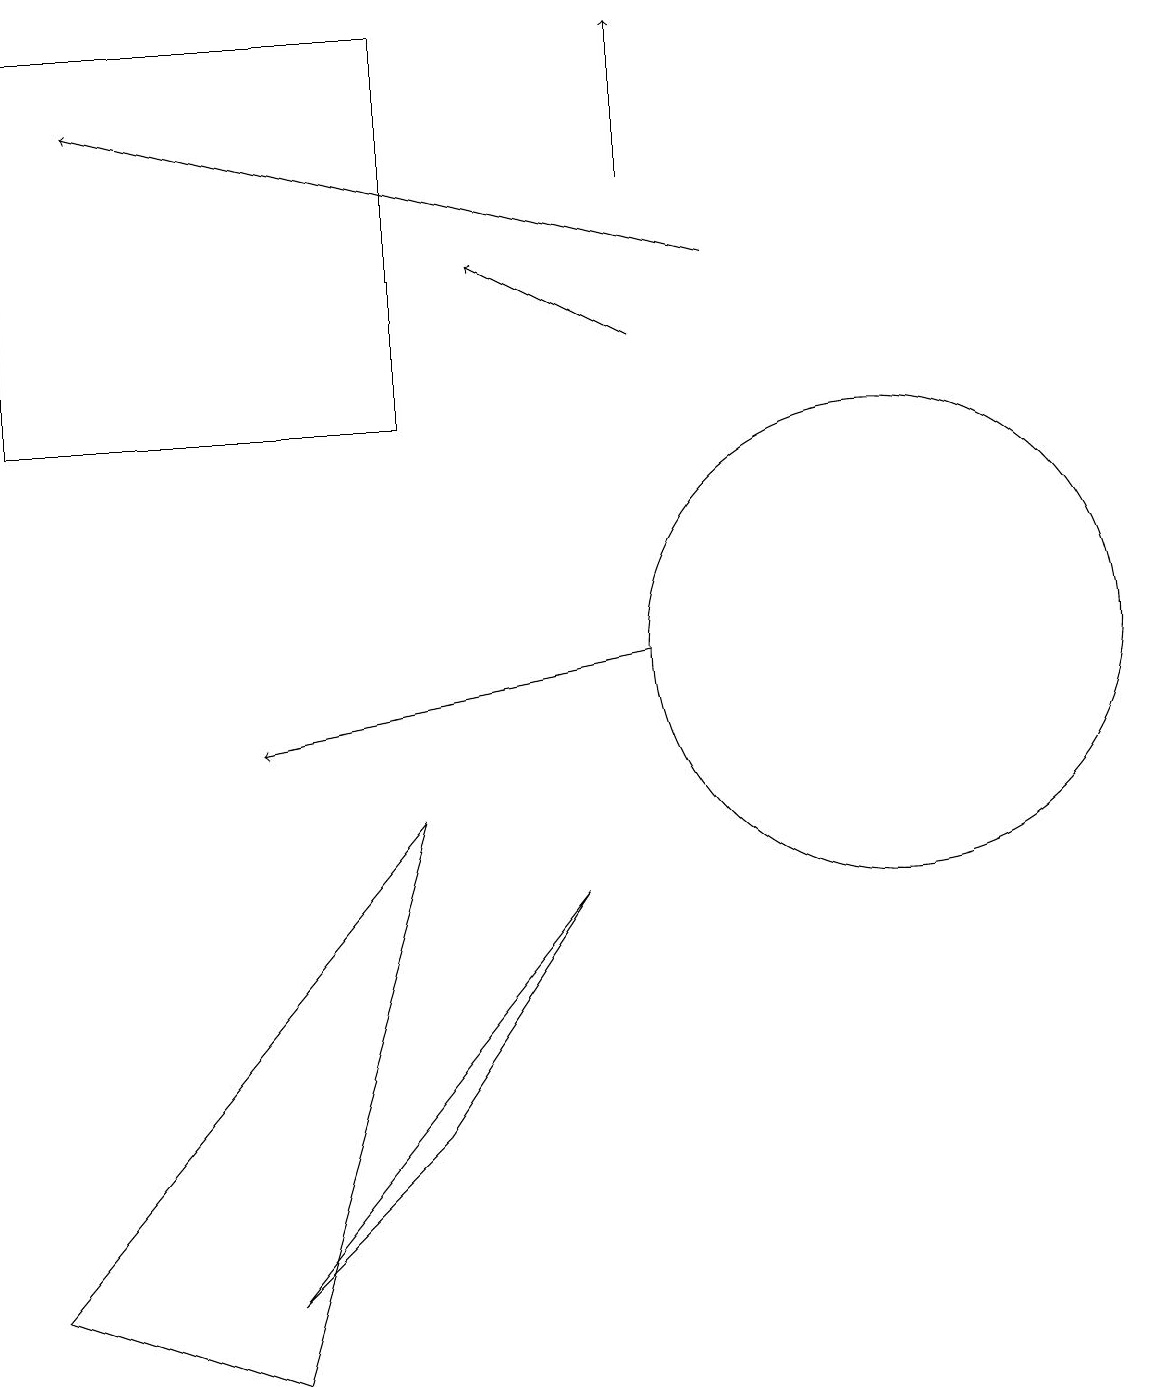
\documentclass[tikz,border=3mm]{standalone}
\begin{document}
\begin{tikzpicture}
\draw[->] (8,11) -- (3,10);
\draw (5,5) -- (7,8) -- (3,3) -- cycle;
\draw (11,11) circle (3);
\draw[->] (8,17) -- (8,19);
\draw (0,3) -- (5,9) -- (3,2) -- cycle;
\draw[->] (9,16) -- (1,18);
\draw[->] (8,15) -- (6,16);
\draw (5,14) rectangle (0,19);
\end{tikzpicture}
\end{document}